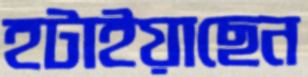
হটাইয়াছেন